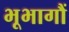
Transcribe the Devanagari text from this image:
भूभागौं